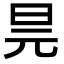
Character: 𭥖